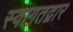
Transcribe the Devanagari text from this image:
स्वागतद्वार